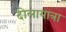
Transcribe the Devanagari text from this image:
दोलायात्रा